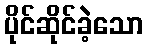
ပိုင်ဆိုင်ခဲ့သော